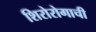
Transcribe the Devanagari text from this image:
शिरोरोगाची